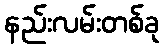
နည်းလမ်းတစ်ခု